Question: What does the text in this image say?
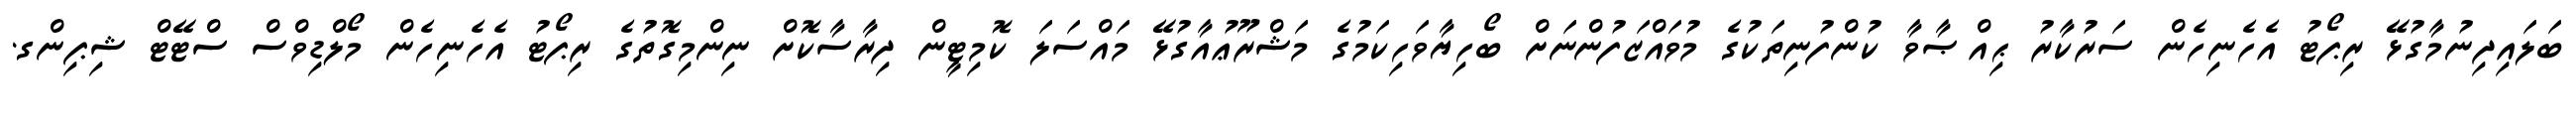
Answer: ބަލައިދިނުމާގުޅޭ ރިޕޯޓު އެހެނިހެން ސަރުކާރު ޙިއްޞާވާ ކުންފުނިތަކުގެ މުވައްޒަފުންނަށް ބޯހިޔާވަހިކަމުގެ މަޝްރޫޢުއާގުޅޭ މައްސަލަ ކޮމިޓީން ދިރާސާކޮށް ނިންމިގޮތުގެ ރިޕޯޓު އެހެނިހެން މޯލްޑިވްސް ސްޓޭޓް ޝިޕިންގ.